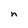
Character: n